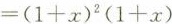
$$=(1+x)^{2}(1+x)$$